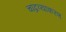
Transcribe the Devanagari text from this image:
चांद्रव्याकरण